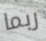
ربما